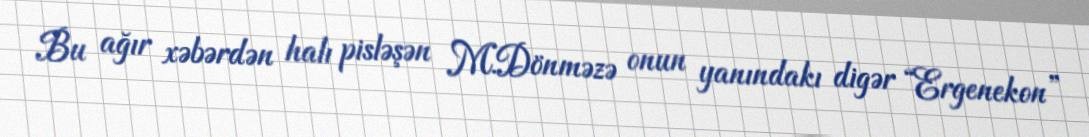
Bu ağır xəbərdən halı pisləşən M.Dönməzə onun yanındakı digər “Ergenekon”